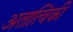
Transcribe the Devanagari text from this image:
अतात्विकी